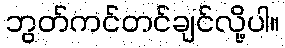
ဘွတ်ကင်တင်ချင်လို့ပါ။